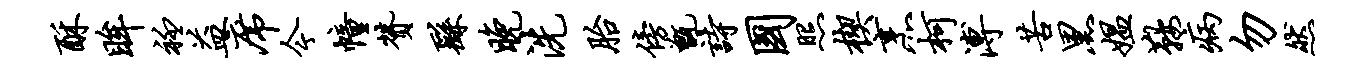
酥眸衽益席今幢赞繇晚洗胎傍甑诗国照楔烹柯溥苦黑媪鞍病勿然